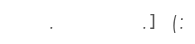
.      .] (: